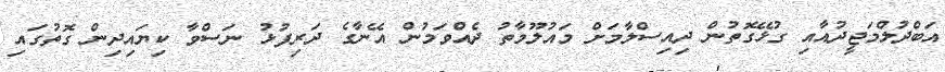
އަބްދުލްމަޖީދުއާއި ގުޅޭގޮތުން ދިއިސްލާމަށް މައުލޫމާތު ދެއްވަމުން އޭނާގެ ދަރިފުޅު ނަސްވާ ކިޔައިދިން ގޮތުގައި